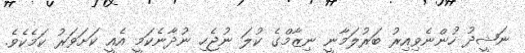
ނަޝީދު ހުންނެވިއިރު ބަރުލަމާނީ ނިޒާމްގެ ކުލަ ނުޖެހި ނުދާނެކަމީ އެއީ ކަށަވަރު ކަމެކެވެ.